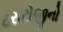
ટરાટોજીનો